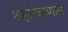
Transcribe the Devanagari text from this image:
शहरीकरणास